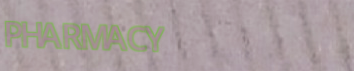
PHARMACY